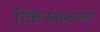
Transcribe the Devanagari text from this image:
रिकेनबाकरच्या